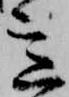
意